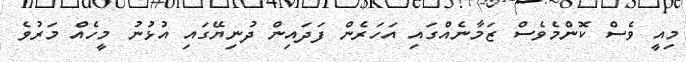
މިއީ ވެސް ކޮންމެވެސް ޒަމާނެއްގައި އަހަރެން ފަދައިން ދުނިޔޭގައި އުޅުނު މީހެއް މަރުވެ